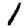
Digit: 1